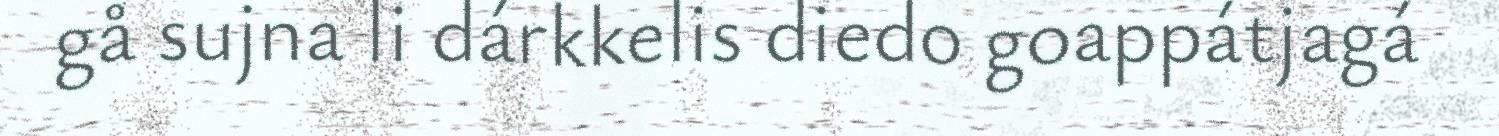
gå sujna li dárkkelis diedo goappátjagá